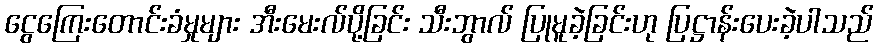
ငွေကြေးတောင်းခံမှုများ အီးမေးလ်ပို့ခြင်း သီးဘွာလ် ပြုမူခဲ့ခြင်းဟု ပြဋ္ဌာန်းပေးခဲ့ပါသည်